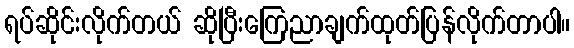
ရပ်ဆိုင်းလိုက်တယ် ဆိုပြီးကြေညာချက်ထုတ်ပြန်လိုက်တာပါ။